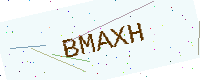
Text: BMAXH